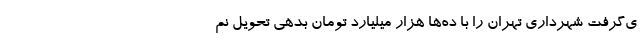
ی‌گرفت شهرداری تهران را با ده‌ها هزار میلیارد تومان بدهی تحویل نم